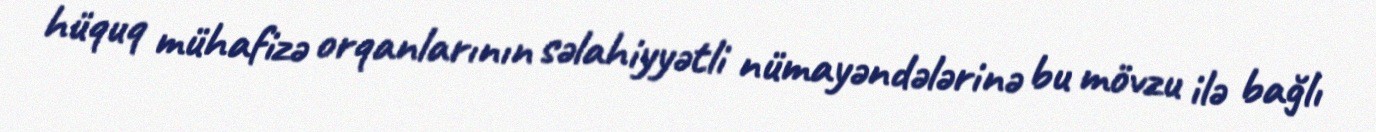
hüquq mühafizə orqanlarının səlahiyyətli nümayəndələrinə bu mövzu ilə bağlı